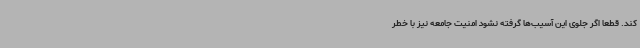
کند. قطعاً اگر جلوی این آسیب‌ها گرفته نشود امنیت جامعه نیز با خطر